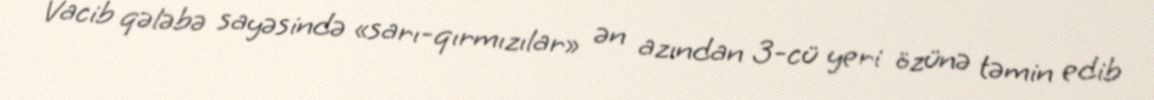
Vacib qələbə sayəsində «sarı-qırmızılar» ən azından 3-cü yeri özünə təmin edib